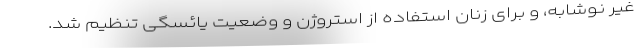
غیر نوشابه، و برای زنان استفاده از استروژن و وضعیت یائسگی تنظیم شد.